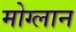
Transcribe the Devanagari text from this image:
मोग्लान